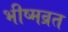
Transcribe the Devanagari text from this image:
भीष्मव्रत